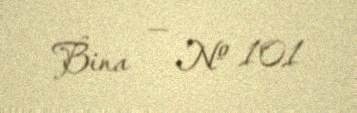
Bina — № 101